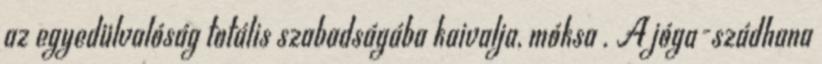
az egyedülvalóság totális szabadságába kaivalja, móksa . A jóga-szádhana